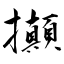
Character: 攧